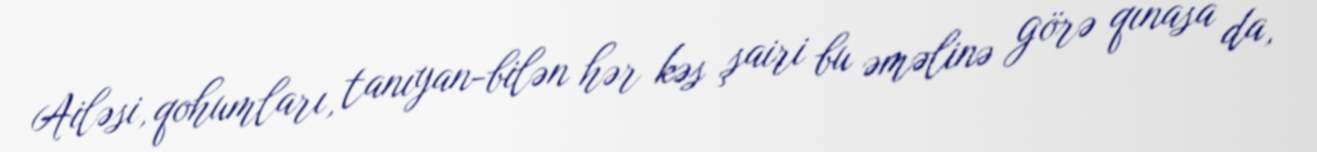
Ailəsi, qohumları, tanıyan-bilən hər kəs şairi bu əməlinə görə qınasa da,